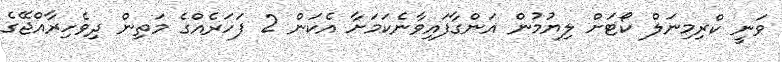
ވަނީ ކްރިމިނަލް ކޯޓަށް ލިޔުމުން އަންގާފައިވާނެކަމަށާ އެކަން 2 ފަހަރެއްގެ މަތިން ދިވެހިރާއްޖޭގެ